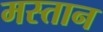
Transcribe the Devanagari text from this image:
मस्‍तान